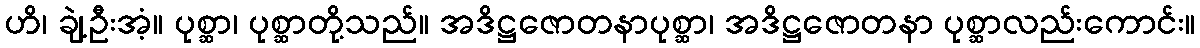
ဟိ၊ ချဲ့ဦးအံ့။ ပုစ္ဆာ၊ ပုစ္ဆာတို့သည်။ အဒိဋ္ဌဇောတနာပုစ္ဆာ၊ အဒိဋ္ဌဇောတနာ ပုစ္ဆာလည်းကောင်း။